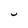
Character: U